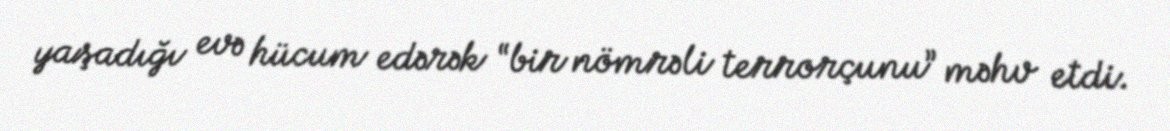
yaşadığı evə hücum edərək “bir nömrəli terrorçunu” məhv etdi.